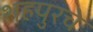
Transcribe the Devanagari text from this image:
शहपुरचे